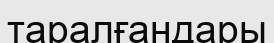
таралғандары